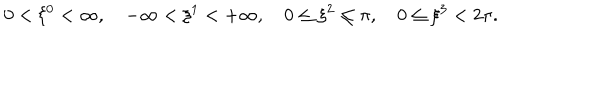
0 < \xi ^ { 0 } < \infty , \hspace { 1 e m } - \infty < \xi ^ { 1 } < + \infty , \hspace { 1 e m } 0 \leq \xi ^ { 2 } \leq \pi , \hspace { 1 e m } 0 \leq \xi ^ { 3 } < 2 \pi .